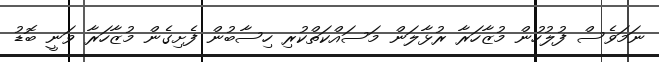
ނަމަވެސް ފުލުހުން މުޒާހަރާ ރުޅާލަން މަސައްކަތްކުރި ހިސާބުން ފެށިގެން މުޒާހަރާ ވަނީ ބޮޑު